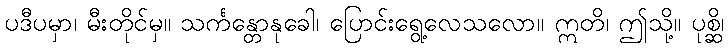
ပဒီပမှာ၊ မီးတိုင်မှ။ သင်္ကန္တောနုခေါ၊ ပြောင်းရွေ့လေသလော။ ဣတိ၊ ဤသို့။ ပုစ္ဆိ၊